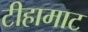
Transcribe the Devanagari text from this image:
टीहामाट